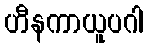
ဟီနကာယူပဂါ